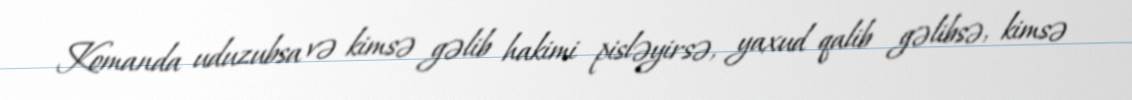
Komanda uduzubsa və kimsə gəlib hakimi pisləyirsə, yaxud qalib gəlibsə, kimsə